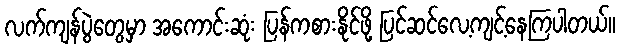
လက်ကျန်ပွဲတွေမှာ အကောင်းဆုံး ပြန်ကစားနိုင်ဖို့ ပြင်ဆင်လေ့ကျင့်နေကြပါတယ်။